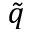
\tilde { q }